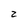
Character: 2